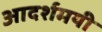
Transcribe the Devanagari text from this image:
आदर्शमयी